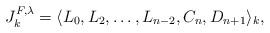
LaTeX: \begin{align*} J^{F,\lambda}_k=\langle L_0,L_2,\ldots,L_{n-2},C_n,D_{n+1}\rangle_k,\end{align*}